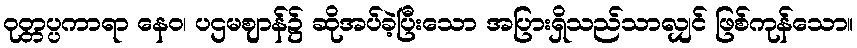
ဝုတ္တပ္ပကာရာ နေဝ၊ ပဌမဈာန်၌ ဆိုအပ်ခဲ့ပြီးသော အပြားရှိသည်သာလျှင် ဖြစ်ကုန်သော။